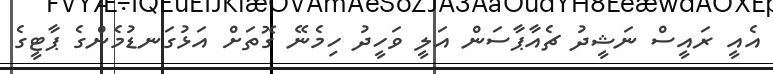
އެއީ ރައީސް ނަޝީދު ޗެއާޕާސަން އަލީ ވަހީދު ހިމެނޭ ގޮތަށް އަޅުގަނޑުމެންގެ ޕާޓީގެ